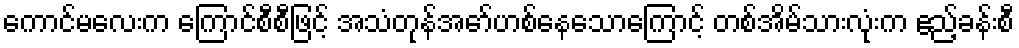
ကောင်မလေးက ကြောင်စီစီဖြင့် အသံတုန်အော်ဟစ်နေသောကြောင့် တစ်အိမ်သားလုံးက ဧည့်ခန်းစီ